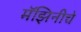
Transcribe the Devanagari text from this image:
मॅझिनीचे